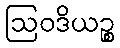
ဩဝဒိယဉ္စ